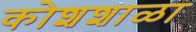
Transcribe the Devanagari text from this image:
कोशशाळा